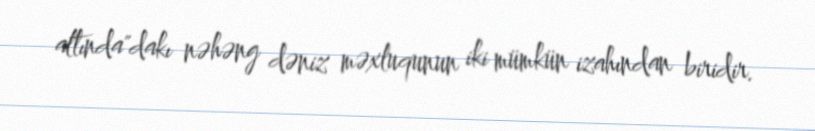
altında"dakı nəhəng dəniz məxluqunun iki mümkün izahından biridir.